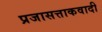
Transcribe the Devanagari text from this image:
प्रजासत्ताकवादी